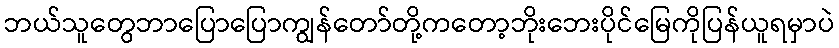
ဘယ်သူတွေဘာပြောပြောကျွန်တော်တို့ကတော့ဘိုးဘေးပိုင်မြေကိုပြန်ယူရမှာပဲ